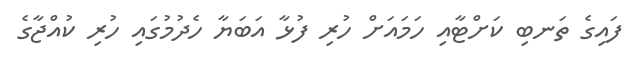
ފައިގެ ތަނބި ކަށްޓާއި ހަމައަށް ހުރި ފުޅާ އަބަޔާ ހެދުމުގައި ހުރި ކުއްޖާގެ